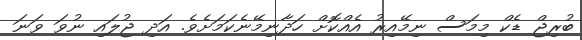
ބުރިޖް ޑެކް މިމަސް ނިމޭއިރު އެއްކޮށް ހަދާނިމޭނެކަމަށެވެ. އަދި ޖުލައި ނުވަ ވަނަ